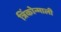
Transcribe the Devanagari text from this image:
त्रिंकोन्माली